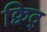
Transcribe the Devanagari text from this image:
क्विद्